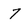
Character: 7